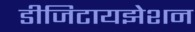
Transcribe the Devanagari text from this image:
डीजिटायझेशन